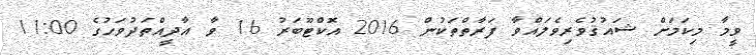
ވީމާ މިކަމަށް ޝައުޤުވެރިވެލައްވާ ފަރާތްތަކުން 2016 އޮކްޓޫބަރު 16 ވާ އާދީއްތަދުވަހުގެ 11:00